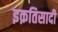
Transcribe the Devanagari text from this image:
इक़तिसादी